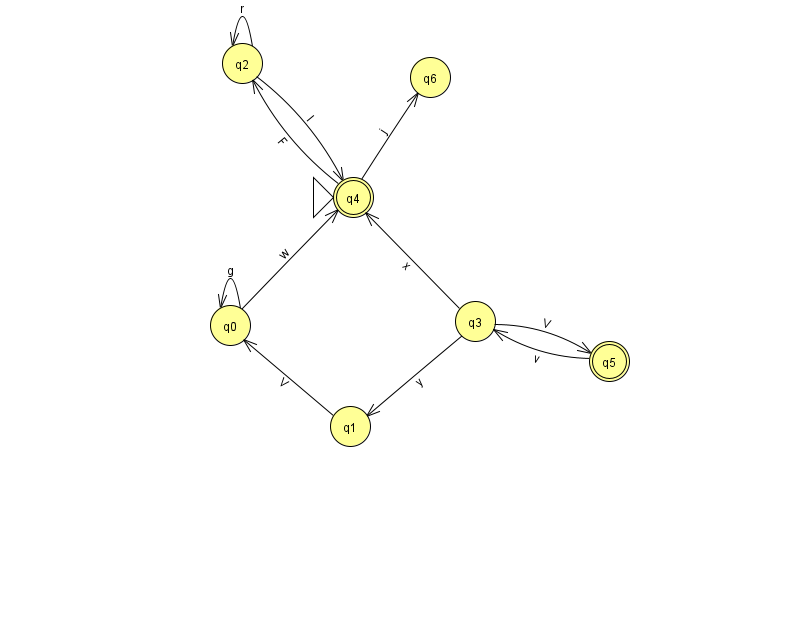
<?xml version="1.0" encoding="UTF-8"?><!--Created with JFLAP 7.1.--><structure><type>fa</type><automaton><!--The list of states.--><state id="0" name="q0"><x>230.0</x><y>312.0</y></state><state id="1" name="q1"><x>350.0</x><y>413.0</y></state><state id="2" name="q2"><x>242.0</x><y>50.0</y></state><state id="3" name="q3"><x>475.0</x><y>308.0</y></state><state id="4" name="q4"><x>353.0</x><y>184.0</y><initial/><final/></state><state id="5" name="q5"><x>609.0</x><y>348.0</y><final/></state><state id="6" name="q6"><x>430.0</x><y>64.0</y></state><!--The list of transitions.--><transition><from>1</from><to>0</to><read>V</read></transition><transition><from>2</from><to>2</to><read>r</read></transition><transition><from>2</from><to>4</to><read>I</read></transition><transition><from>4</from><to>6</to><read>j</read></transition><transition><from>3</from><to>4</to><read>x</read></transition><transition><from>3</from><to>5</to><read>V</read></transition><transition><from>5</from><to>3</to><read>v</read></transition><transition><from>0</from><to>0</to><read>g</read></transition><transition><from>3</from><to>1</to><read>y</read></transition><transition><from>0</from><to>4</to><read>w</read></transition><transition><from>4</from><to>2</to><read>F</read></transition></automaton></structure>